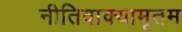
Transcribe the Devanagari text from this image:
नीतिवाक्यामृतम